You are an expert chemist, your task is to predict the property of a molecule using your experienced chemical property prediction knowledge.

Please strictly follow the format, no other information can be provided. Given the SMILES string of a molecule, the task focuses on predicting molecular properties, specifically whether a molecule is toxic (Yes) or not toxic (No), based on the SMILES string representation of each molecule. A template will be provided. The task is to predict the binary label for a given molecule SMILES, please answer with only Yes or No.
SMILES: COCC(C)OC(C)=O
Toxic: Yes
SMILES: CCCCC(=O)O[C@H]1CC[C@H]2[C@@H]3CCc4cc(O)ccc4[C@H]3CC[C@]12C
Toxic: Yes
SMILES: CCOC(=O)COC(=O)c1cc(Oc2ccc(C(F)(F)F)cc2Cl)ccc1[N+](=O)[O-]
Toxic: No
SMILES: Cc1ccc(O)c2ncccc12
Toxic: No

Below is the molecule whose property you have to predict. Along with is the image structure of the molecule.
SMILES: C=CC(=O)[O-]
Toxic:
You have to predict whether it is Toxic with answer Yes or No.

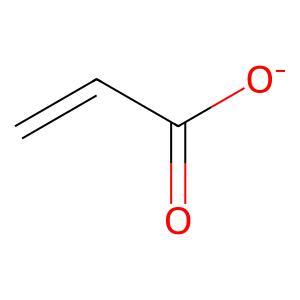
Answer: No